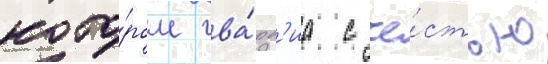
кото́ром гва́рд'иа с че́стью